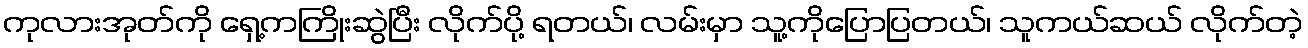
ကုလားအုတ်ကို ရှေ့ကကြိုးဆွဲပြီး လိုက်ပို့ ရတယ်၊ လမ်းမှာ သူ့ကိုပြောပြတယ်၊ သူကယ်ဆယ် လိုက်တဲ့